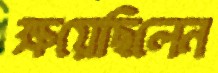
ক্ষয়েছিলেন